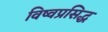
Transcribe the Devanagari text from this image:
विष्वप्रसिद्ध